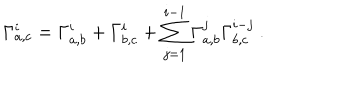
\Gamma _ { a , c } ^ { i } = \Gamma _ { a , b } ^ { i } + \Gamma _ { b , c } ^ { i } + \sum _ { j = 1 } ^ { i - 1 } \Gamma _ { a , b } ^ { j } \Gamma _ { b , c } ^ { i - j } ~ .